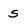
Character: S